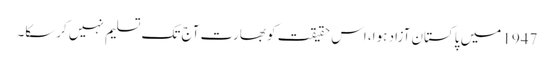
1947 میں پاکستان آزاد ہوا، اس حقیقت کو بھارت آج تک تسلیم نہیں کرسکا۔